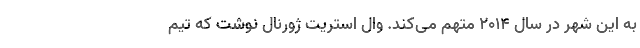
به این شهر در سال ۲۰۱۴ متهم می‌کند. وال استریت ژورنال نوشت که تیم